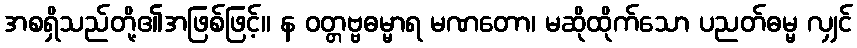
အစရှိသည်တို့၏အဖြစ်ဖြင့်။ န ဝတ္တဗ္ဗဓမ္မာရ မဏတော၊ မဆိုထိုက်သော ပညတ်ဓမ္မ လျှင်